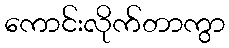
ကောင်းလိုက်တာကွာ